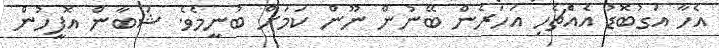
އެހާ އަގުބޮޑު އެއެްޗެހި އަހަރެން ބޭނުން ނޫން ކަމަށް ބުނީމެވެ. ޝަބާން އޮފީހުން